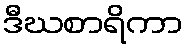
ဒီဃစာရိကာ